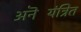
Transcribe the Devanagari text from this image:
अनॆयंत्रित